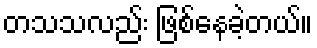
တသသလည်း ဖြစ်နေခဲ့တယ်။